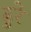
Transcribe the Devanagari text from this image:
ढुरे